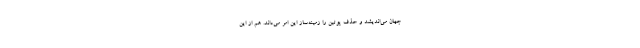
جهان می‌اندیشد و حذف پوتین را زمینه‌ساز این امر می‌داند. هم از این